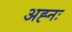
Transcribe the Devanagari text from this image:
अह्नः